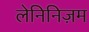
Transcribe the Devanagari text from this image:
लेनिनिज़म